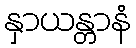
နှာယန္တာနံ